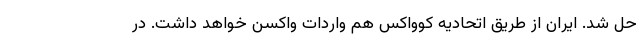
حل شد. ایران از طریق اتحادیه کوواکس هم واردات واکسن خواهد داشت. در